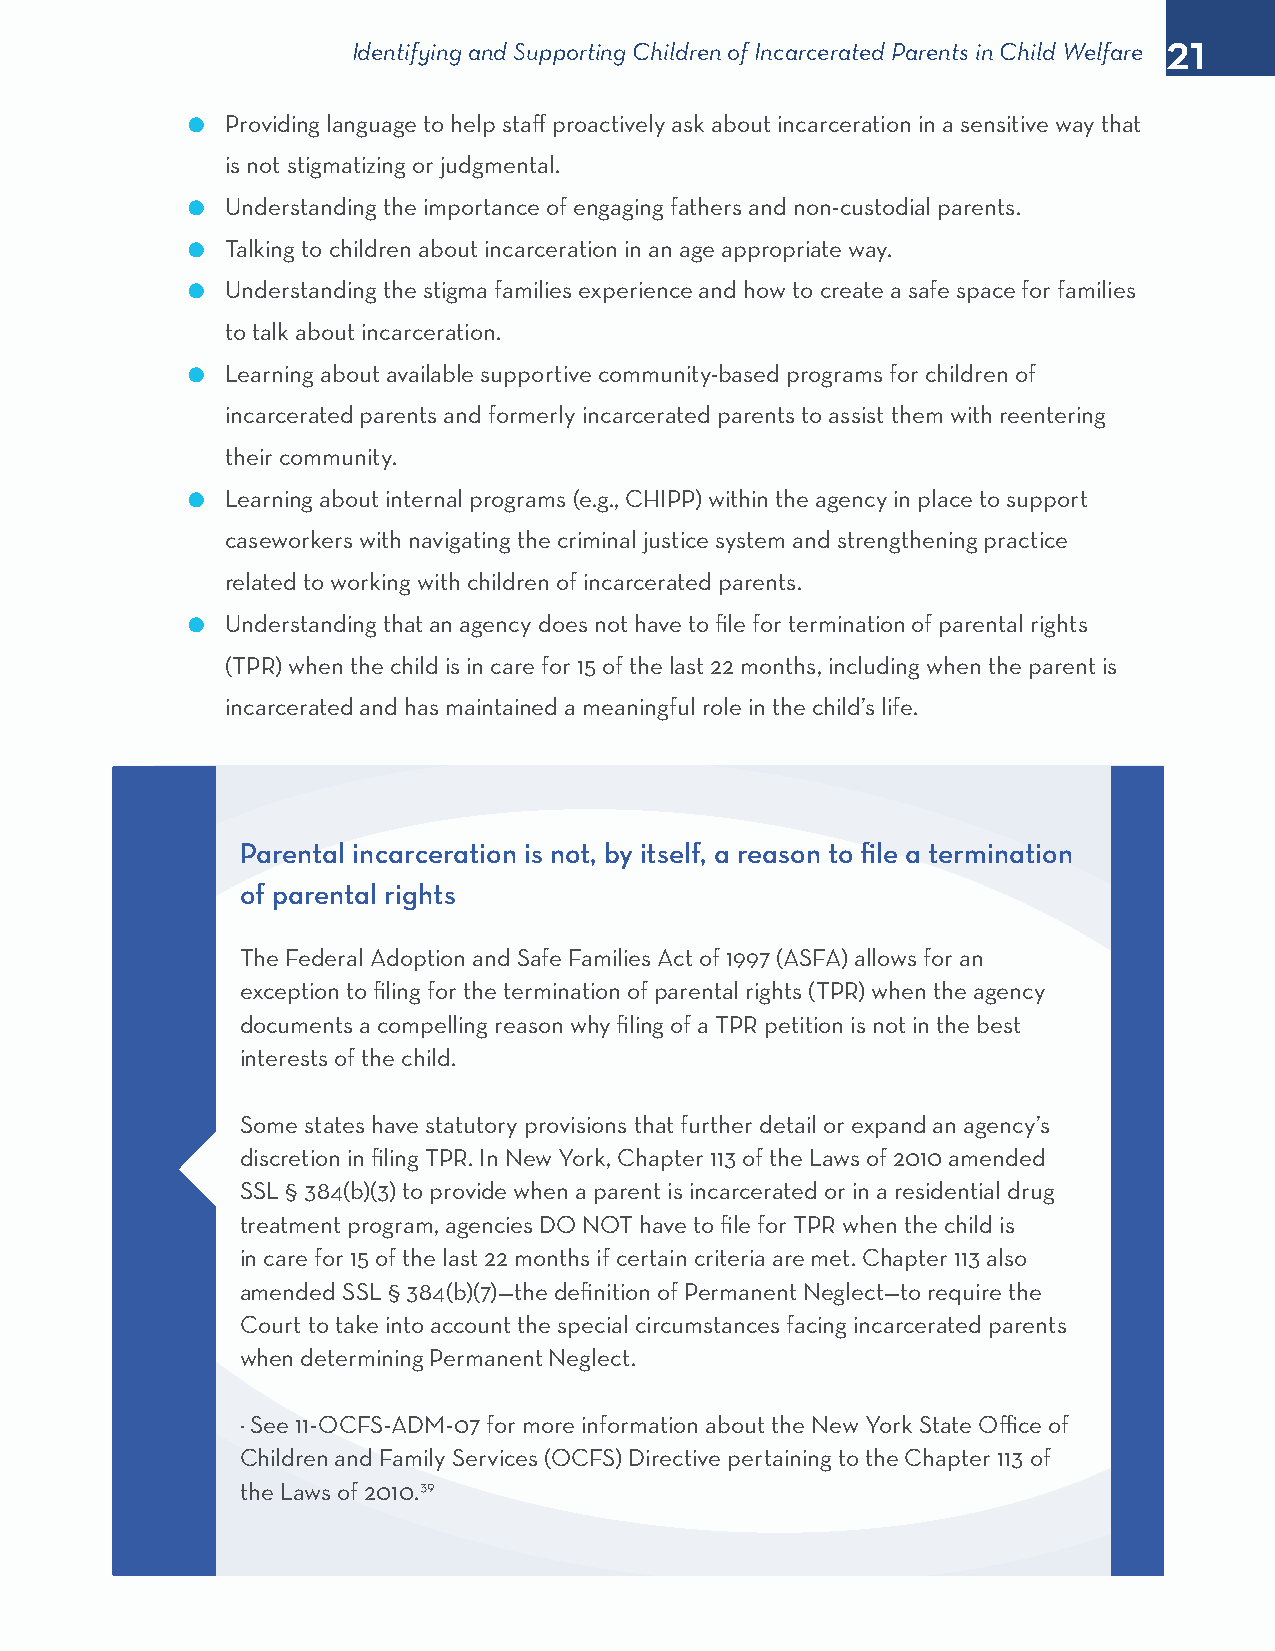
21
 Identifying and Supporting Children of Incarcerated Parents in Child Welfare
 l  Providing language to help staff proactively ask about incarceration in a sensitive way that
 is not stigmatizing or judgmental.
 l  Understanding the importance of engaging fathers and non-custodial parents.
 l  Talking to children about incarceration in an age appropriate way.
 l  Understanding the stigma families experience and how to create a safe space for families
 to talk about incarceration.
 l  Learning about available supportive community-based programs for children of
 incarcerated parents and formerly incarcerated parents to assist them with reentering
 their community.
 l  Learning about internal programs (e.g., CHIPP) within the agency in place to support
 caseworkers with navigating the criminal justice system and strengthening practice
 related to working with children of incarcerated parents.
 l  Understanding that an agency does not have to file for termination of parental rights
 (TPR) when the child is in care for 15 of the last 22 months, including when the parent is
 incarcerated and has maintained a meaningful role in the child’s life.
 Parental incarceration is not, by itself, a reason to file a termination
 of parental rights
 The Federal Adoption and Safe Families Act of 1997 (ASFA) allows for an
 exception to filing for the termination of parental rights (TPR) when the agency
 documents a compelling reason why filing of a TPR petition is not in the best
 interests of the child.
 Some states have statutory provisions that further detail or expand an agency’s
 discretion in filing TPR. In New York, Chapter 113 of the Laws of 2010 amended
 SSL § 384(b)(3) to provide when a parent is incarcerated or in a residential drug
 treatment program, agencies DO NOT have to file for TPR when the child is
 in care for 15 of the last 22 months if certain criteria are met. Chapter 113 also
 amended SSL § 384(b)(7)—the definition of Permanent Neglect—to require the
 Court to take into account the special circumstances facing incarcerated parents
 when determining Permanent Neglect.
 − See 11-OCFS-ADM-07 for more information about the New York State Office of
 Children and Family Services (OCFS) Directive pertaining to the Chapter 113 of
 the Laws of 2010.39